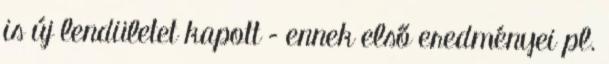
is új lendületet kapott – ennek első eredményei pl.